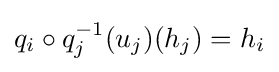
q_{i}\circ q_{j}^{-1}(u_{j})(h_{j})=h_{i}